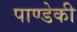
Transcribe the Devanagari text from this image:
पाण्डेकी